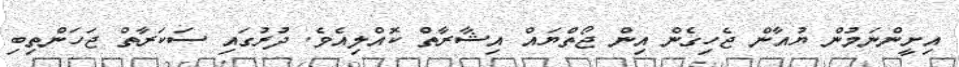
އިށީންނަމުން ޔުއާން ޖެހިގެން އިން ޖޯތްޔައް އިޝާރާތް ކޮއްލިއެވެ. ދުރުގައި ސަކަރާތް ޖަހަންތިބި